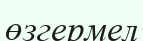
өзгермел